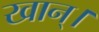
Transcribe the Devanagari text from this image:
खान्।